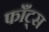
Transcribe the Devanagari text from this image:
फाँट्‌स